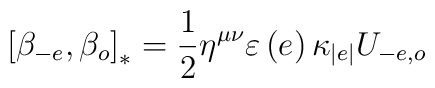
\left[ \beta_{-e},\beta_{o}\right] _{\ast}=\frac{1}{2}\eta^{\mu\nu}\varepsilon\left( e\right) \kappa_{\left\vert e\right\vert }U_{-e,o}